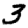
Digit: 3